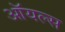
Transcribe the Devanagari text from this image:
ऑयल्स